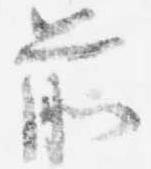
前